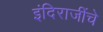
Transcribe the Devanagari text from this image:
इंदिराजींचे